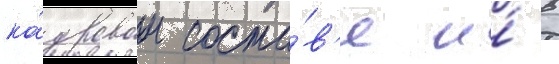
ка́дровом соста́в'е и́ в